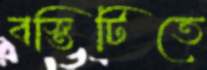
বস্তিটিতে